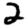
Digit: 2